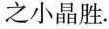
之小晶胜.